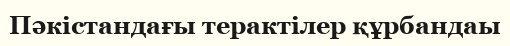
Пәкістандағы терактілер құрбандаы